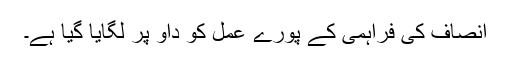
انصاف کی فراہمی کے پورے عمل کو داؤ پر لگایا گیا ہے۔